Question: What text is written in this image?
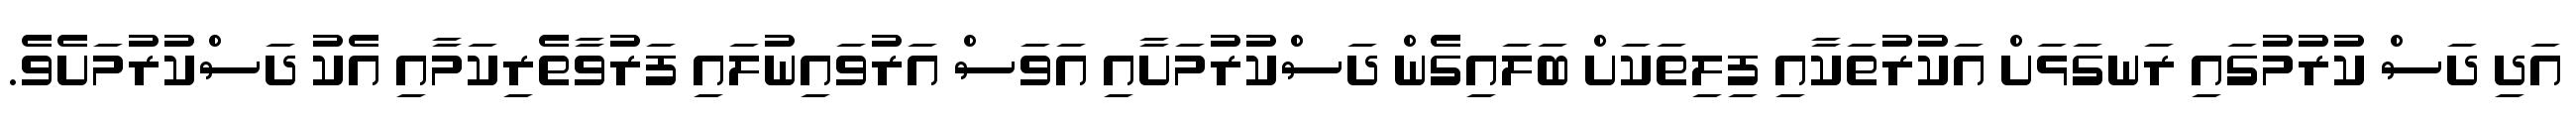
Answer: އަދި ދަސް ކުރުމުގައި ރަނގަޅަށް އަކުރުތަކާއި ފިލިތަކަށް ބަލައިގެން ދަސްކުރުމަށާއި އަވަސް އަރުވައިނުލައި ފަރުވާތެރިކަމާއި އެކު ދަސްކުރުމަށެވެ.